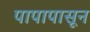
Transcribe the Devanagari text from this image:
पापापासून